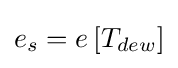
e_{s}=e\left[T_{dew}\right]